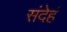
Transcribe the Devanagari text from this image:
संदेहं